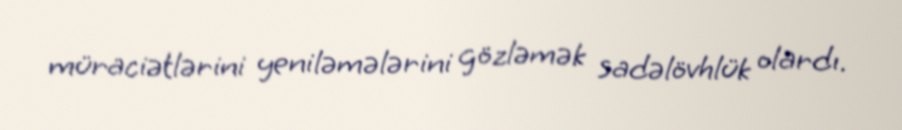
müraciətlərini yeniləmələrini gözləmək sadəlövhlük olardı.